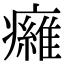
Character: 𤻕